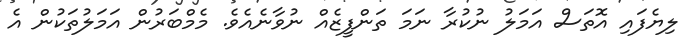
ލިޔެފައި އޮތަސް އަމަލު ނުކުރާ ނަމަ ތަންފީޒެއް ނުވާނެއެވެ. މެމްބަރުން އަމަލުތަކުން އެ